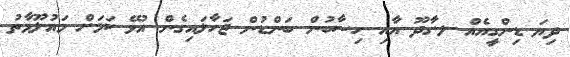
ދިޔަ ޑިންގީއެއް ލ.ގާދޫ އާއި ހިސާބުން ބަންޑުން ޖަހާލައިގެން އުޅޭ ކަމަށް މައުލޫމާތު